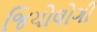
જિયોલોગી